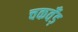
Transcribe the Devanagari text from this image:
चकवँड़